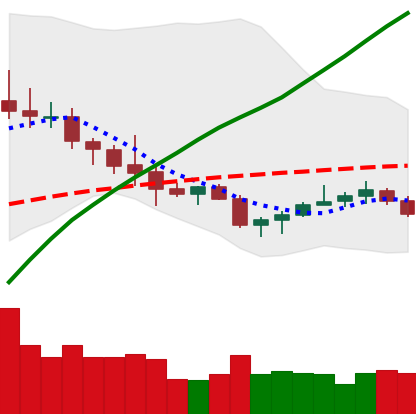
Ticker: NEO-USD
Chart end date: 2020-10-14
Forward return: 3.164%
Label: up_3_5